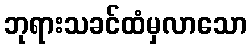
ဘုရားသခင်ထံမှလာသော